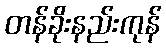
တန်ခိုးနည်းကုန်